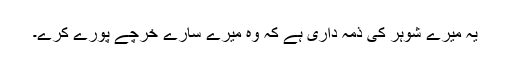
یہ میرے شوہر کی ذمہ داری ہے کہ وہ میرے سارے خرچے پورے کرے۔